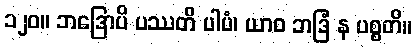
၁၂၀။ ဘဒြောပိ ပဿတိ ပါပံ၊ ယာဝ ဘဒြံ န ပစ္စတိ။